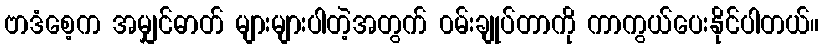
ဗာဒံစေ့က အမျှင်ဓာတ် များများပါတဲ့အတွက် ၀မ်းချုပ်တာကို ကာကွယ်ပေးနိုင်ပါတယ်။